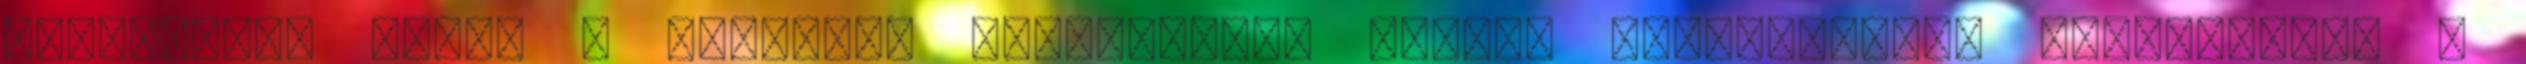
használni. Ennél a keréknél külön-külön kemény gumicsíkokat csavaroznak a